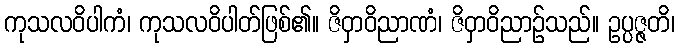
ကုသလဝိပါကံ၊ ကုသလဝိပါတ်ဖြစ်၏။ ဇိဝှာဝိညာဏံ၊ ဇိဝှာဝိညာဉ်သည်။ ဥပ္ပဇ္ဇတိ၊